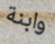
وابنة